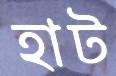
হাট